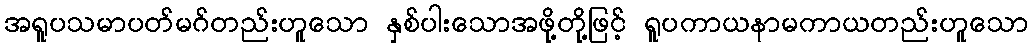
အရူပသမာပတ်မဂ်တည်းဟူသော နှစ်ပါးသောအဖို့တို့ဖြင့် ရူပကာယနာမကာယတည်းဟူသော